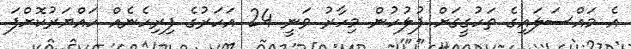
އެ މައްސަލައިގެ ތަހުގީގަށް ފުލުހުން މިހާރު ވަނީ 24 އަހަރުގެ ފިރިހެނެއް ހައްޔަރުކޮށްފަ